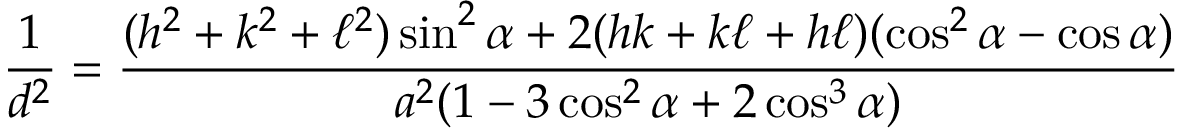
{ \frac { 1 } { d ^ { 2 } } } = { \frac { ( h ^ { 2 } + k ^ { 2 } + \ell ^ { 2 } ) \sin ^ { 2 } \alpha + 2 ( h k + k \ell + h \ell ) ( \cos ^ { 2 } \alpha - \cos \alpha ) } { a ^ { 2 } ( 1 - 3 \cos ^ { 2 } \alpha + 2 \cos ^ { 3 } \alpha ) } }